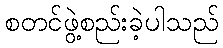
စတင်ဖွဲ့စည်းခဲ့ပါသည်